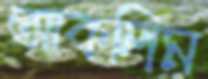
আকলিম